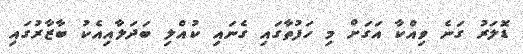
ޑޮލަރު ގަނެ ވިއްކާ އަގަށް މި ހަފުތާގައި ގެނައި ކުއްލި ބަދަލާއިއެކު ބާޒާރުގައި